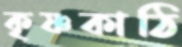
কৃষ্ণকাঠি